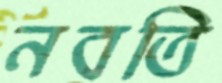
নবতি